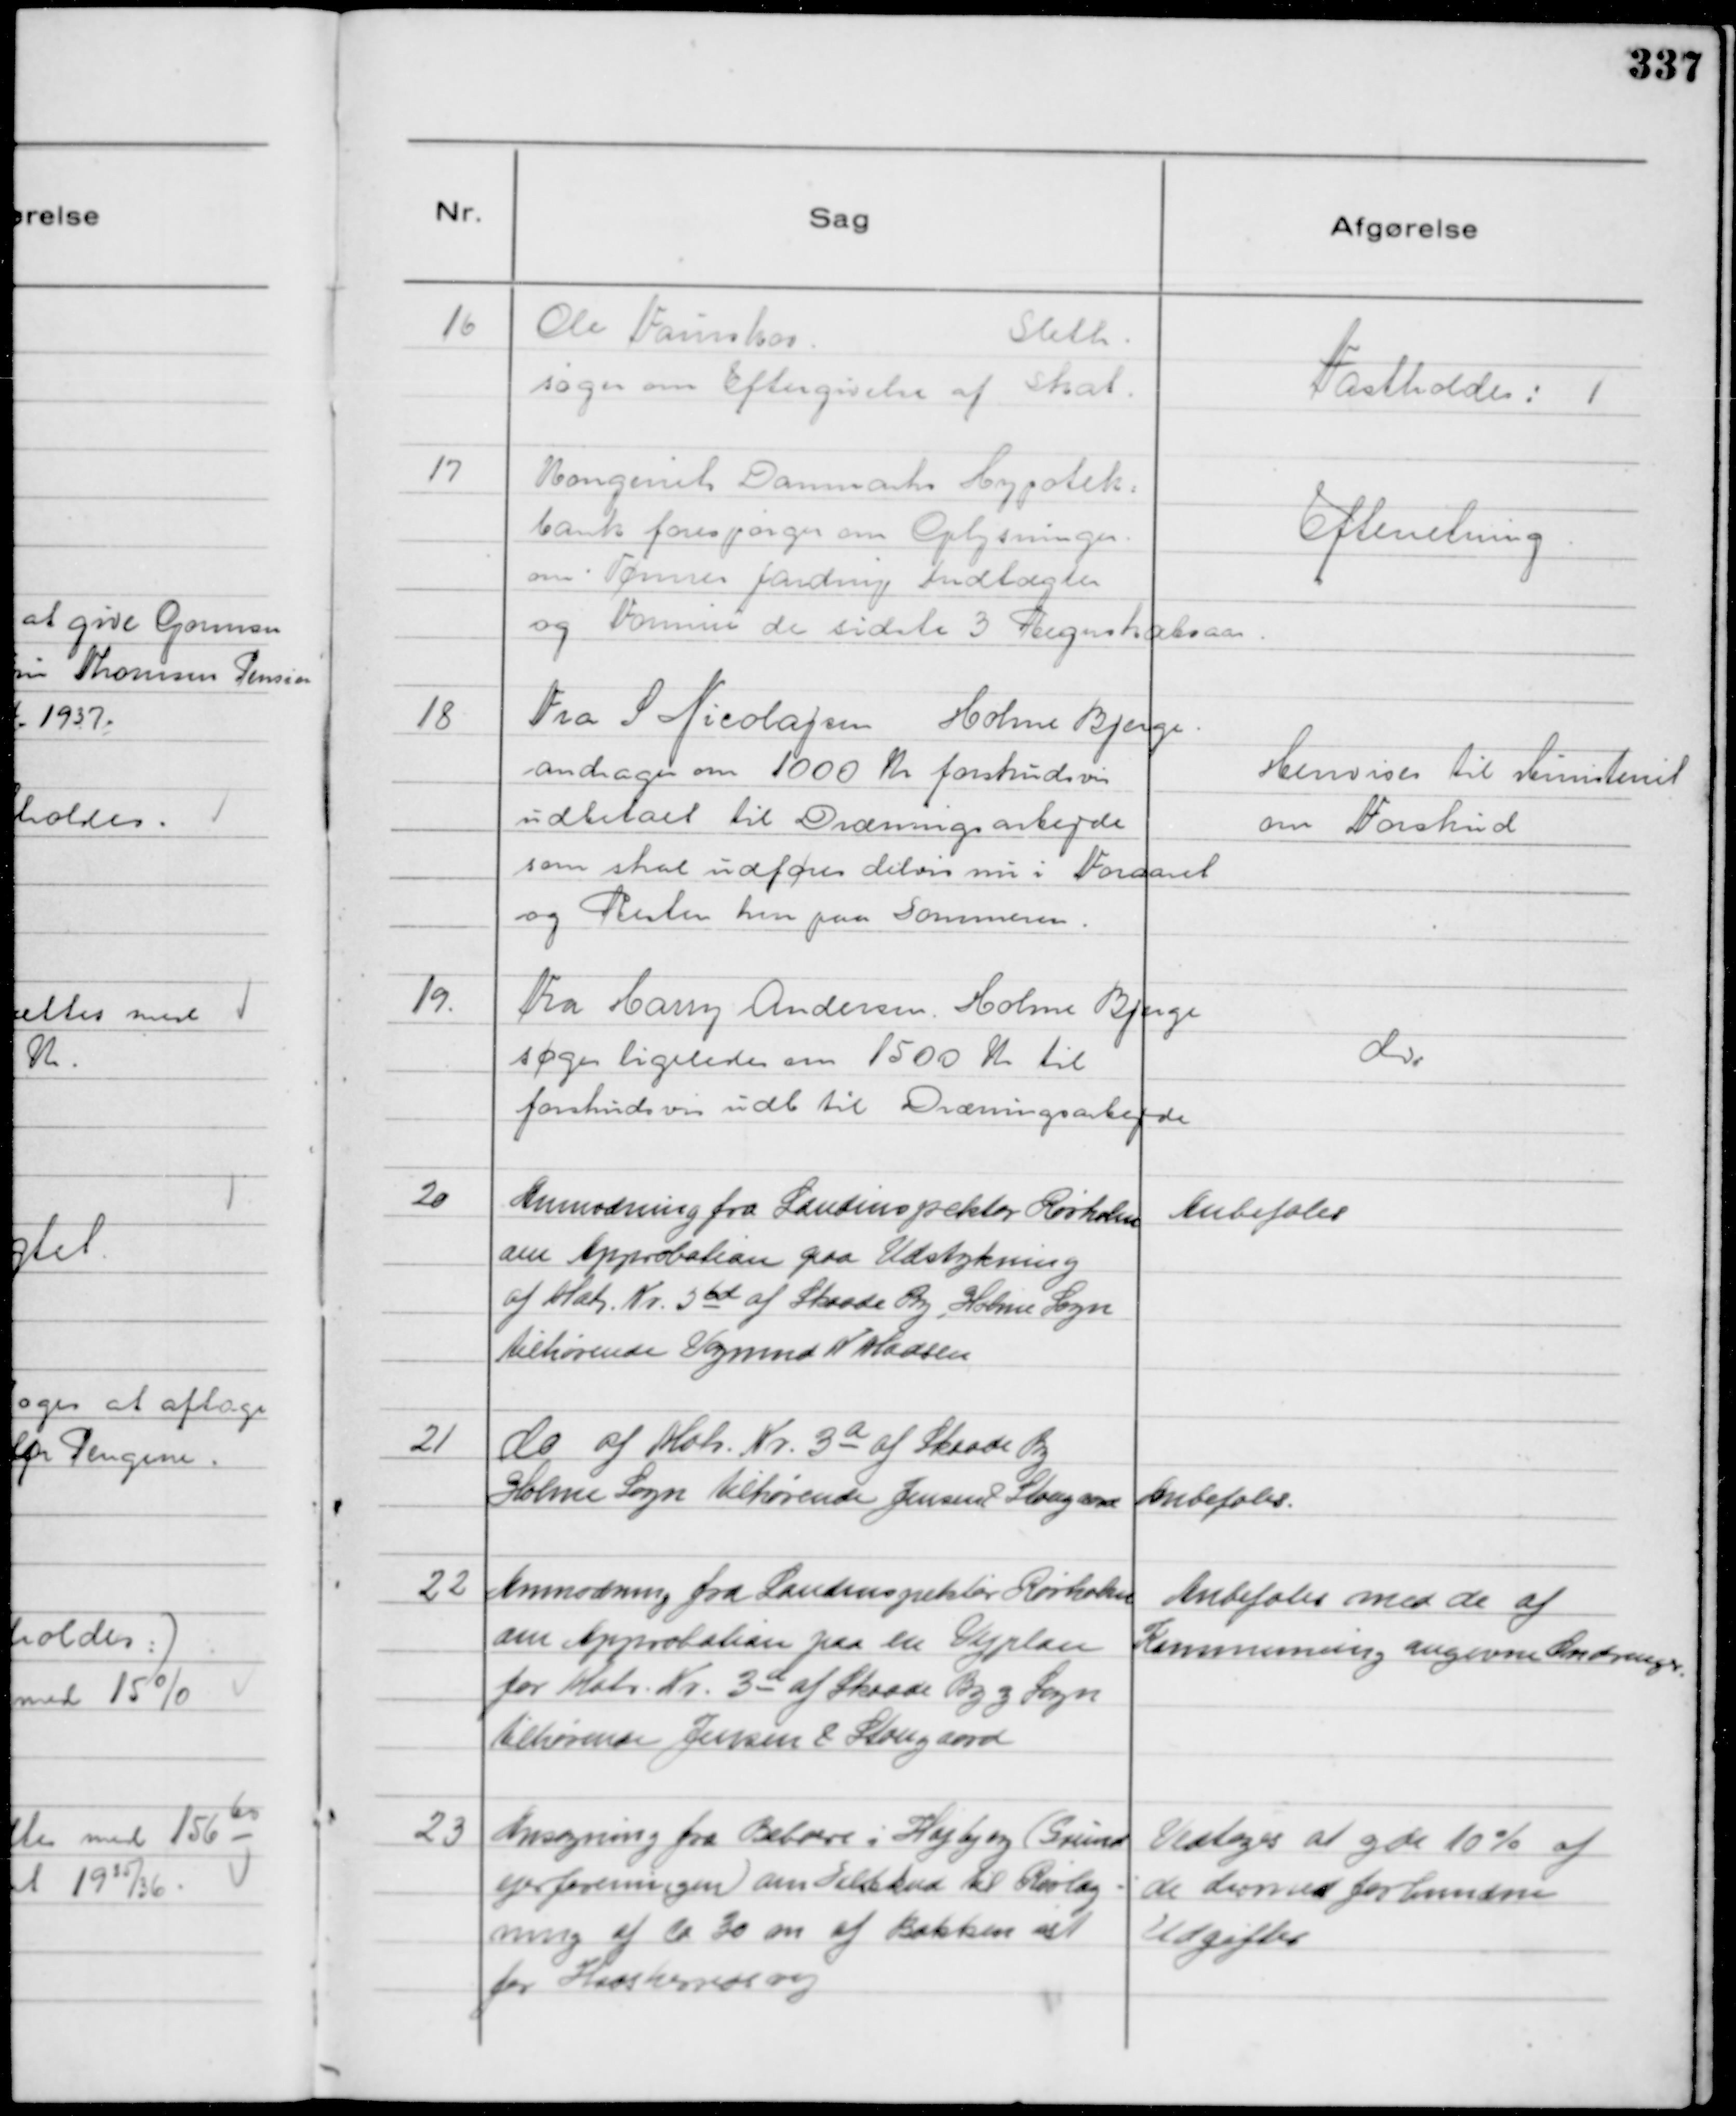
Transskription:
16
Ole Fainshor
Sleth.
søger om Eftergivelse af Skat.

Fastholdes:

17
Kongeriet Danmarks Hypote:
bank forespørger om Oplysninger
om. Tømrer Jardrup Indtægter
og Formue de sidste 3 Regnskabsaar.

Efterretning .

18
Fra S Nicolajsen Holme Bjerge
andrager om 1000 Kr forskudsvis
udbetalt til Dræningsarbejde
som skal udføres delvis nu i Foraaret
og Resten hen paa Sommeren .

Henvises til Ministeriet
om Forskud

19.
Fra Harry Andersen. Holme Bjerge
søges ligeledes om 1500 Kr til
forskudsvis udb til Dræningsarbejde

do

20
Anmodning fra Landinspektør Rørholm
om Approbation paa Udstykning
af Matr. Nr 5 bd af Skaade By, Holme Sogn
tilhørende Vognmd N Madsen

Anbefales

21
do af Matr. Nr. 3 a af Skaade By
Holme Sogn tilhørende Jensen & Stougaard

Anbefales.

22
Anmodning fra Landinspektør Rørholm
om Approbation paa en Vejplan
for Matr. Nr. 3 a af Skaade By og Sogn
tilhørende Jensen & Stougaard

Anbefales med de af
Kommuneing angivne Ændringer.

23
Ansøgning fra Beboere i Højbjerg (Grund
ejerforeningen ) om Tilskud til Rørlæg-
ning af ca 30 m af Bækken øst
for Hadsherredsvej

Vedtoges at yde 10% af
de derved forbundne
Udgifter